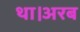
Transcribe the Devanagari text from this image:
था।अरब